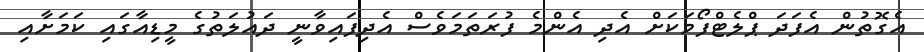
އެގޮތުން އެފަދަ ޕްލެޓްފޯމަކަށް އެދި އެންމެ ފުރަތަމަވެސް އެދިފައިވާނީ ދައުލަތުގެ މީޑިއާގައި ކަމަށާއި